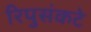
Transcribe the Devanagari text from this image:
रिपुसंकटे